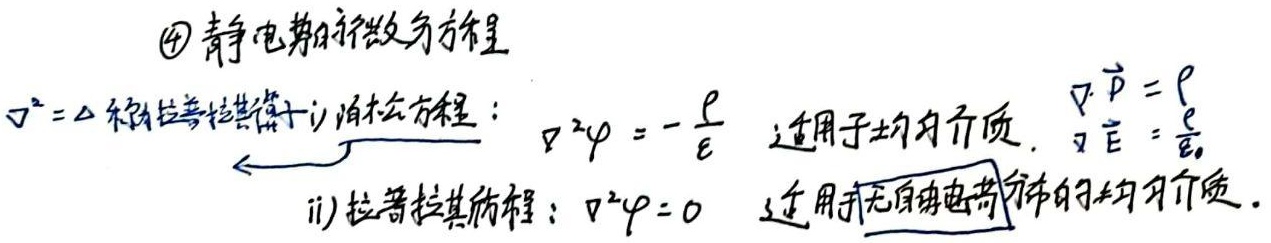
\textcircled{4} 静电势的微分方程：\(\nabla^{2}=\Delta\) 称拉普拉斯算子；
i) 泊松方程：\(\nabla^{2}\varphi = -\frac{\rho}{\varepsilon}\)，适用于均匀介质，\(\nabla\cdot \vec{D}=\rho\)，\(\nabla\cdot \vec{E}=\frac{\rho}{\varepsilon_0}\)
ii) 拉普拉斯方程：\(\nabla^{2}\varphi = 0\)，适用于无自由电荷分布的均匀介质。